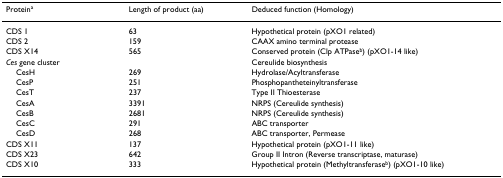
<table><thead><tr><td><b>Protein<sup>a</sup></b></td><td><b>Length of product (aa)</b></td><td><b>Deduced function (Homology)</b></td></tr></thead><tbody><tr><td>CDS 1</td><td>63</td><td>Hypothetical protein (pXO1 related)</td></tr><tr><td>CDS 2</td><td>159</td><td>CAAX amino terminal protease</td></tr><tr><td>CDS X14</td><td>565</td><td>Conserved protein (Clp ATPase<sup>b</sup>) (pXO1-14 like)</td></tr><tr><td><i>Ces </i>gene cluster</td><td></td><td>Cereulide biosynthesis</td></tr><tr><td> CesH</td><td>269</td><td>Hydrolase/Acyltransferase</td></tr><tr><td> CesP</td><td>251</td><td>Phosphopantheteinyltransferase</td></tr><tr><td> CesT</td><td>237</td><td>Type II Thioesterase</td></tr><tr><td> CesA</td><td>3391</td><td>NRPS (Cereulide synthesis)</td></tr><tr><td> CesB</td><td>2681</td><td>NRPS (Cereulide synthesis)</td></tr><tr><td> CesC</td><td>291</td><td>ABC transporter</td></tr><tr><td> CesD</td><td>268</td><td>ABC transporter, Permease</td></tr><tr><td>CDS X11</td><td>137</td><td>Hypothetical protein (pXO1-11 like)</td></tr><tr><td>CDS X23</td><td>642</td><td>Group II Intron (Reverse transcriptase, maturase)</td></tr><tr><td>CDS X10</td><td>333</td><td>Hypothetical protein (Methyltransferase<sup>b</sup>) (pXO1-10 like)</td></tr></tbody></table>